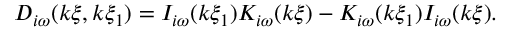
D _ { i \omega } ( k \xi , k \xi _ { 1 } ) = I _ { i \omega } ( k \xi _ { 1 } ) K _ { i \omega } ( k \xi ) - K _ { i \omega } ( k \xi _ { 1 } ) I _ { i \omega } ( k \xi ) .